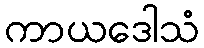
ကာယဒေါသံ